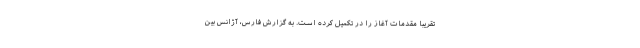
تقریبا مقدمات آغاز را در تکمیل کرده است. به گزارش فارس، آژانس بین